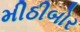
મીઠીબોર